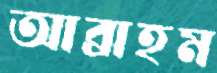
আব্রাহম